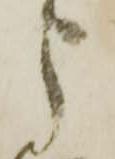
う